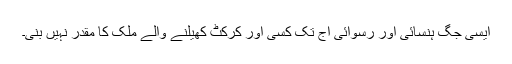
ایسی جگ ہنسائی اور رسوائی آج تک کسی اور کرکٹ کھیلنے والے ملک کا مقدر نہیں بنی۔